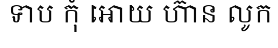
ទាប កុំ អោយ ហ៊ាន លូក